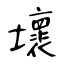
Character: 壞